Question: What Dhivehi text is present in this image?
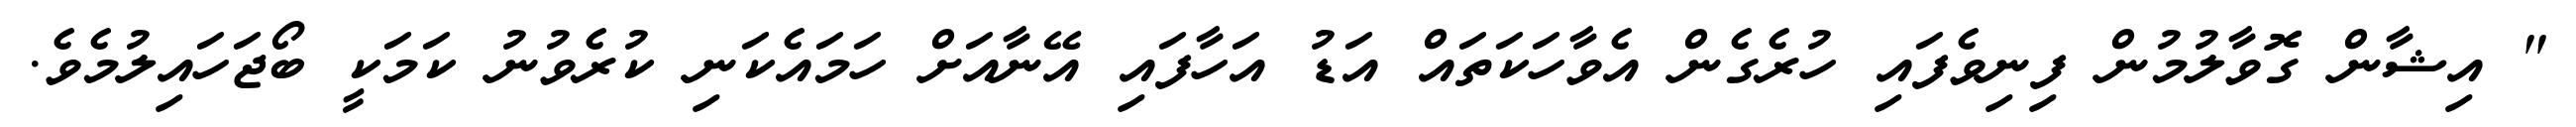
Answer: " އިޝާން ގޮވާލުމުން ފިނިވެފައި ހުރެގެން އެވާހަކަތައް އަޑު އަހާފައި އޭނާއަށް ހަމައެކަނި ކުރެވުނު ކަމަކީ ބޯޖަހައިލުމެވެ.